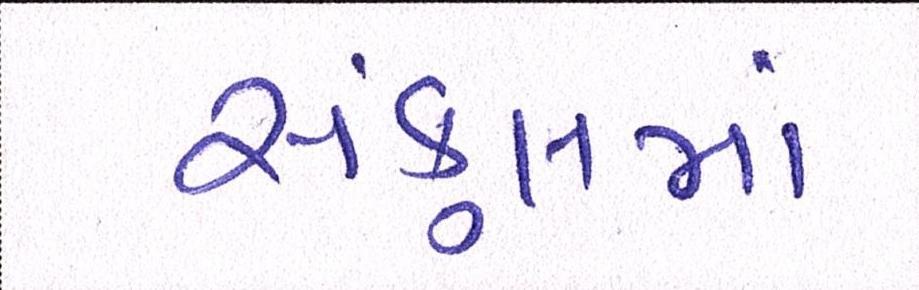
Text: સંકુલમાં